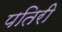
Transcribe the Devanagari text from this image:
पतिरी